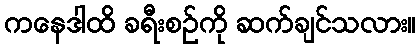
ကနေဒါထိ ခရီးစဉ်ကို ဆက်ချင်သလား။